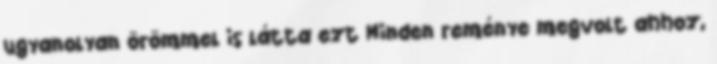
ugyanolyan örömmel is látta ezt Minden reménye megvolt ahhoz,